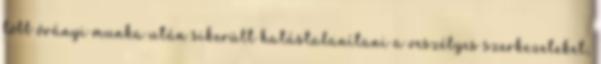
több órányi munka után sikerült hatástalanítani a veszélyes szerkezeteket,